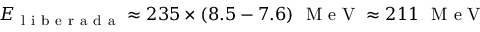
E _ { \mathrm { ~ l ~ i ~ b ~ e ~ r ~ a ~ d ~ a ~ } } \approx 2 3 5 \times ( 8 . 5 - 7 . 6 ) ~ \mathrm { ~ M ~ e ~ V ~ } \approx 2 1 1 ~ \mathrm { ~ M ~ e ~ V ~ }